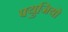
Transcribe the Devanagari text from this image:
फ्युजियो